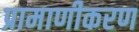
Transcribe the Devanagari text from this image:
प्रामाणीकरण